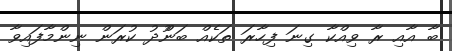
ބާ އާއި ރާ ވިއްކާ ގިނަ ފިހާރަ ތަކެއް ބަންުދު ކުރަން ނިންމާފައިވާ